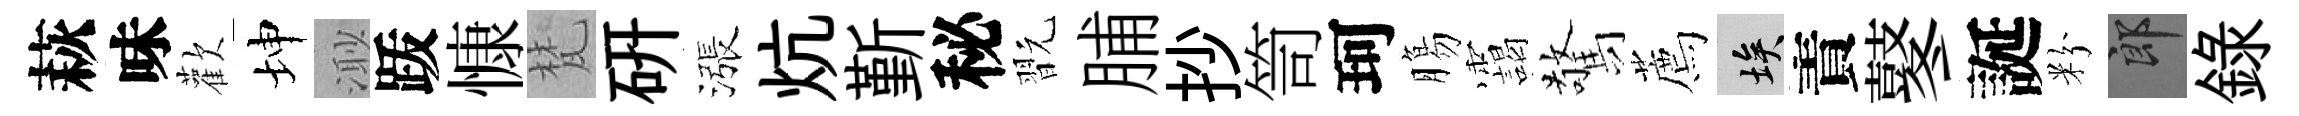
萩味歡坤𣺌䟦慷梵研漲炕斳秘翫脯抄笥珂膓靄驚薦埃責鼕誕粉郎錄